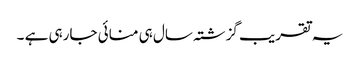
یہ تقریب گزشتہ سال ہی منائی جارہی ہے ۔